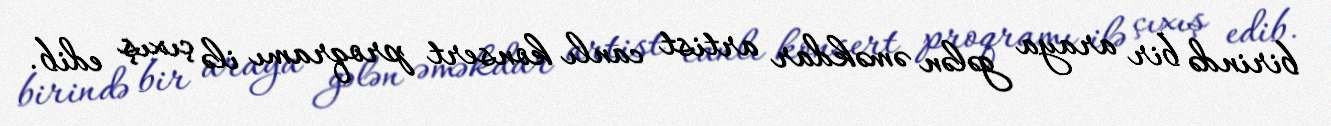
birində bir araya gələn əməkdar artist canlı konsert proqramı ilə çıxış edib.